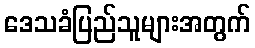
ဒေသခံပြည်သူများအတွက်